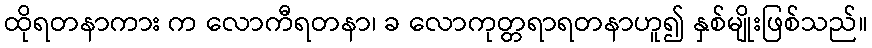
ထိုရတနာကား က လောကီရတနာ၊ ခ လောကုတ္တရာရတနာဟူ၍ နှစ်မျိုးဖြစ်သည်။